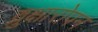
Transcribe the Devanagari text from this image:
व्रुक्षारोपन